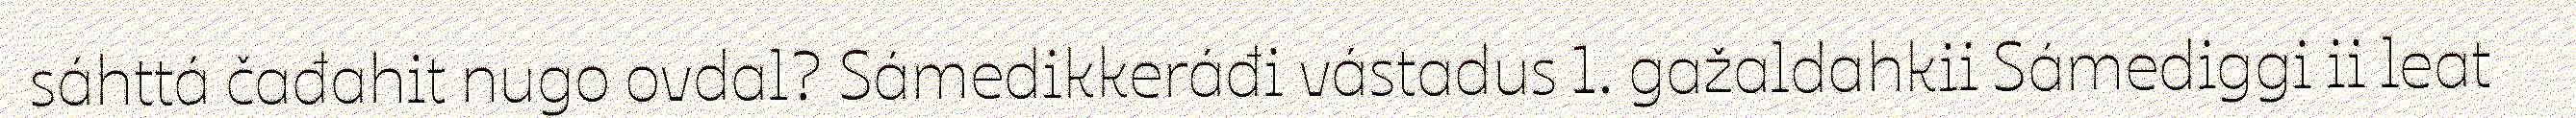
sáhttá čađahit nugo ovdal? Sámedikkeráđi vástadus 1. gažaldahkii Sámediggi ii leat